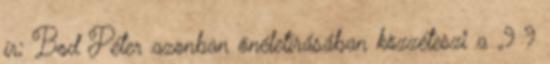
ír; Bod Péter azonban önéletírásában közzéteszi a „9 9